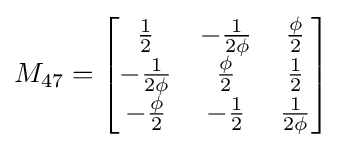
M_{47}={\begin{bmatrix}{\frac {1}{2}}&-{\frac {1}{2\phi }}&{\frac {\phi }{2}}\\-{\frac {1}{2\phi }}&{\frac {\phi }{2}}&{\frac {1}{2}}\\-{\frac {\phi }{2}}&-{\frac {1}{2}}&{\frac {1}{2\phi }}\end{bmatrix}}